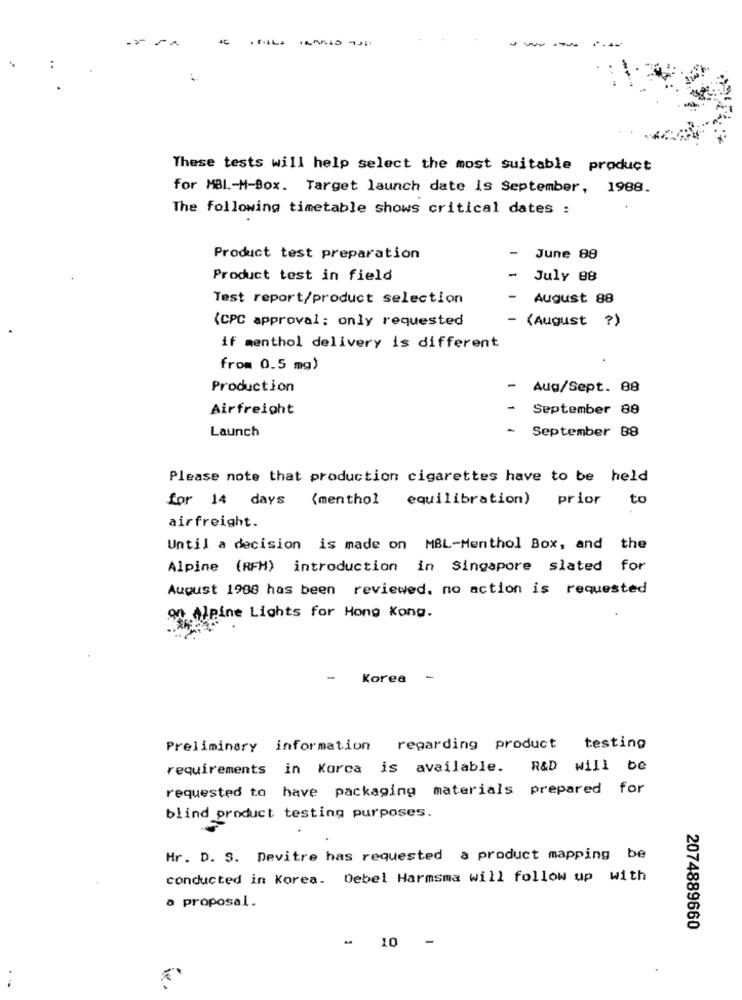
These tests will help select the most suitable product
for MBL-M-Box. Target launch date is September, 1988.
The following timetable shows critical dates :
-
Product test preparation
June 88
Product test in field
-
July 88
Test report/product selection
-
August 88
(CPC approval: only requested
- (August ?)
if menthol delivery is different
from 0.5 mg)
Production
Aug/Sept. 88
Airfreight
-
September 88
Launch
September B8
Please note that production cigarettes have to be held
for 14 days (menthol equilibration) prior to
airfreight.
Until a decision is made on MBL-Menthol Box, and the
Alpine (RFM) introduction in Singapore slated for
August 1988 has been reviewed, no action is requested
on Alpine Lights for Hong Kong.
Korea
-
Preliminary information regarding product testing
requirements in Korea is available. R&D will be
requested to have packaging materials prepared for
blind product testing purposes.
Hr. D. S. Devitre has requested a product mapping be
conducted in Korea. Debel Harmsma will follow up with
a proposal.
2074889660
-
10